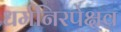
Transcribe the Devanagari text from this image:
धर्मनिरपेक्षव